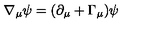
\nabla _ { \mu } \psi = ( \partial _ { \mu } + \Gamma _ { \mu } ) \psi